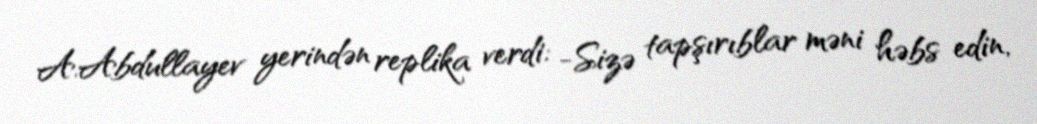
A.Abdullayev yerindən replika verdi: -Sizə tapşırıblar məni həbs edin,